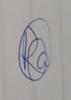
Signature authenticity: genuine